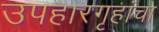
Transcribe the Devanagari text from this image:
उपहारगृहांचा